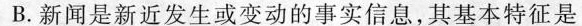
B.新闻是新近发生或变动的事实信息，其基本特征是